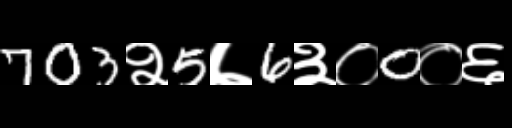
Text: 703२5७6३०0०६